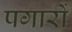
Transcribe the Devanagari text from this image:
पगारों